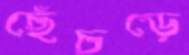
ছেঁচড়ে